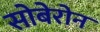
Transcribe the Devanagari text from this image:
सोबेरोन